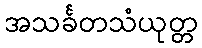
အသင်္ခတသံယုတ္တ